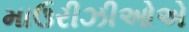
માઉરીઝીઓએ